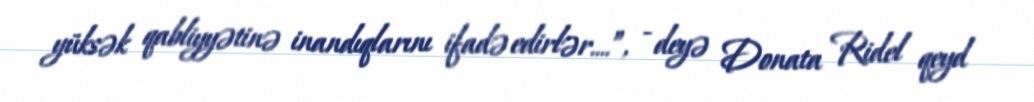
yüksək qabliyyətinə inandıqlarını ifadə edirlər....”, - deyə Donata Ridel qeyd